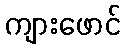
ကျားဖောင်